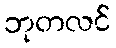
ဘုတလင်